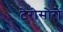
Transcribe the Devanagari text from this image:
टेरोसोरों